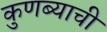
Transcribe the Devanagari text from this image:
कुणब्याची